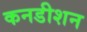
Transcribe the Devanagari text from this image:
कनडीशन